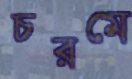
চরমে